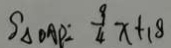
S _ { \Delta D A P } = \frac { 9 } { 4 } x + 1 8